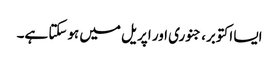
ایسا اکتوبر، جنوری اور اپریل میں ہوسکتا ہے۔